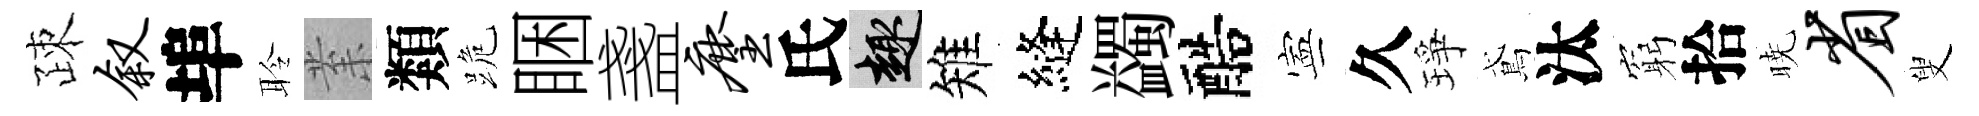
疎叙埠聆𭪙類跪睏盞麈氏趣雉縫蠲醅寕久琤鳶汰窮拾暁省叟